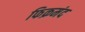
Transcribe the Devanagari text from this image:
फिक्रमंद